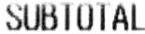
SUBTOTAL